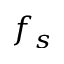
f _ { s }